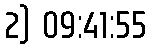
2) 09:41:55